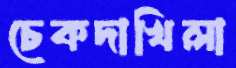
চেকদাখিলা